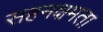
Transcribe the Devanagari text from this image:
सहनक्षमता